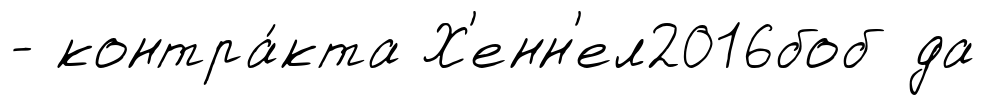
- контра́кта Х'енн'ел2016боб да